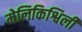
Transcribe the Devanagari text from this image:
मेलिकिश्विली